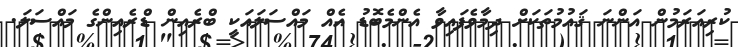
ކުރިއަރަމުން އަންނަ ޤައުމުތަކަށް ދިމާވެފައިވާ އެންމެބޮޑު އެއް މައްސަލައަކީ ބްރެއިން ޑްރެއިންގެ މައްސަލަ.